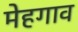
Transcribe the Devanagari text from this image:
मेहगाव